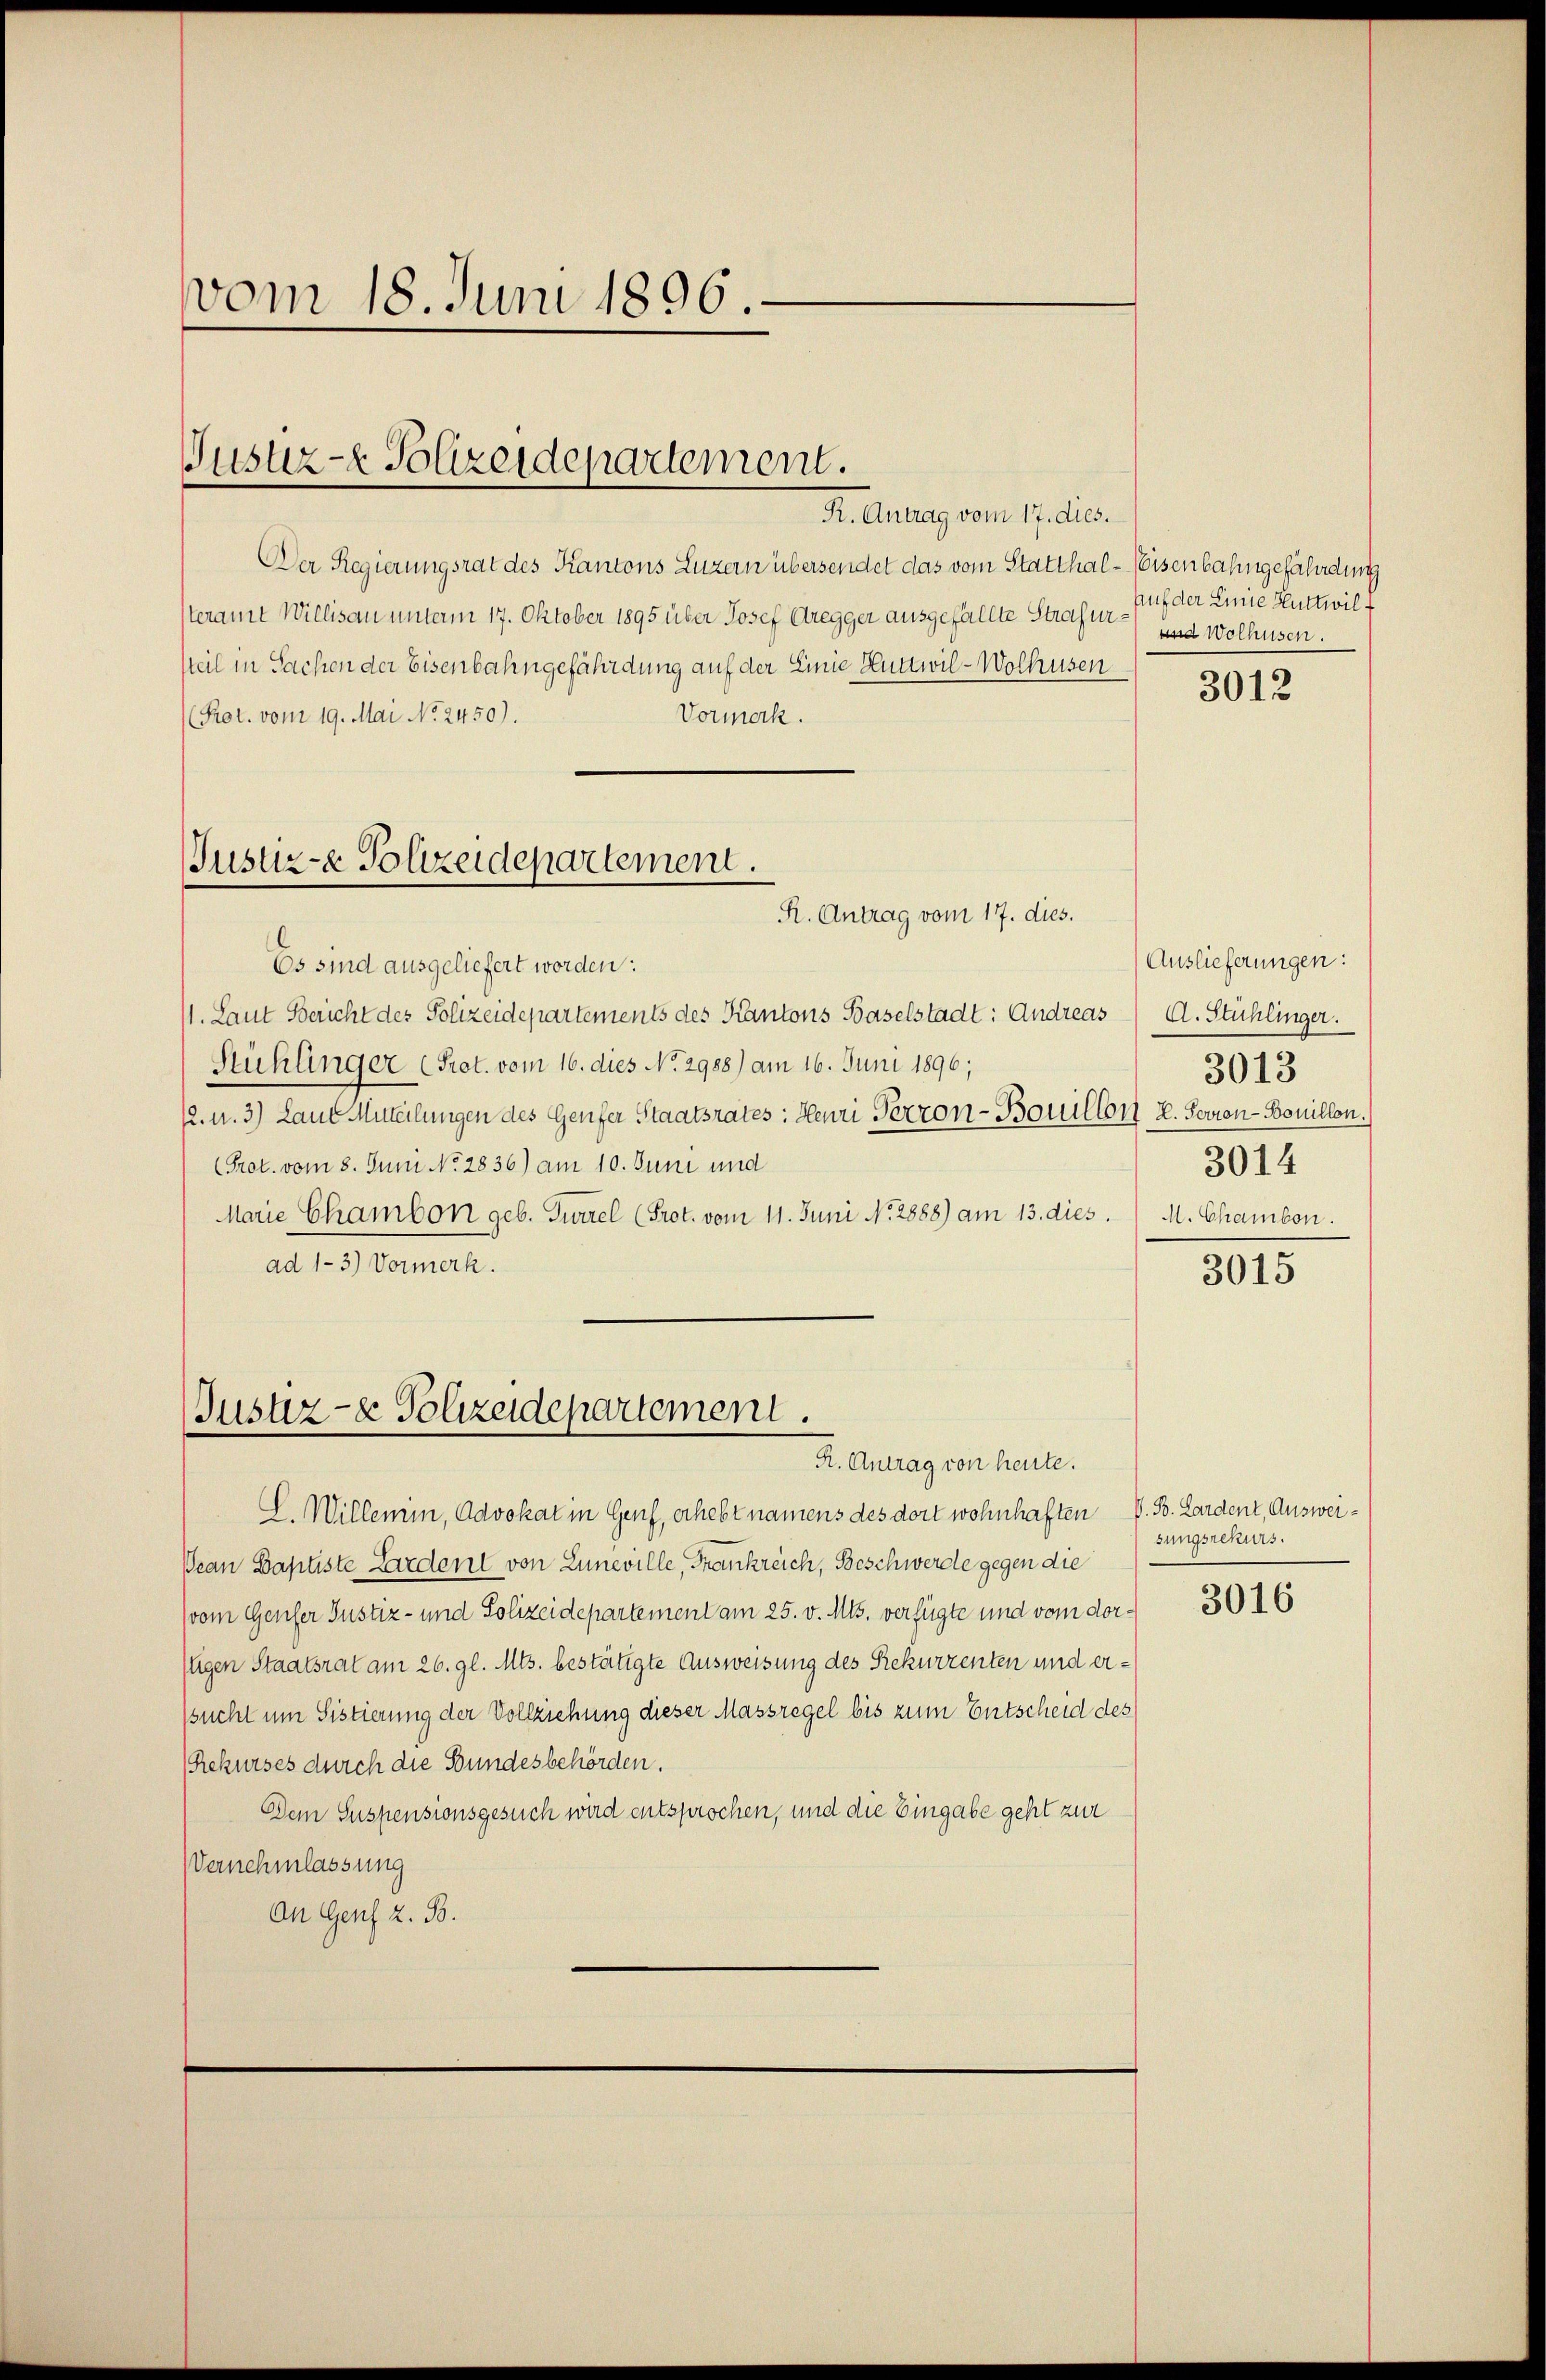
vom 18. Juni 1896.

Justiz- & Polizeidepartement.
R. Antrag vom 17. dies.

Der Regierungsrat des Kantons Luzern übersendet das vom Statthal-Eisenbahngefährdung
steramt Willisau unterm 17. Oktober 1895 über Josef Bregger ausgefällte Strafursteil in Sachen der Eisenbahngefährdung auf der Linie Huttwil-Wolhusen
Prot. vom 19. Mai No 2450).
Vormerk.
Es sind ausgeliefert worden:
11. Laut Bericht des Polizeidepartements des Kantons Baselstadt: Andreas A. Stühlinger.
Stühlinger (Prot. vom 16. dies No 2988) am 16. Juni 1896;
12. u. 3) Laut Mitteilungen des Genfer Staatsrates: Henri Perron-Bouillon 2. Sovion-Bouillon.
(Prot. vom 8. Juni No 2836) am 10. Juni und
Marie Chambon geb. Turzel (Prot. vom 11. Juni No 2888) am 13. dies. / M. Chambon.
ad 1-3.) Vormerk.

Justiz- & Polizeidepartement.
R. Antrag vom 17. dies.

Justiz- & Polizeidepartement.
R. Antrag von heute.

L. Willemin, Advokat in Genf, erhebt namens des dort wohnhaften
Pean Baptiste Lardent von Luneville, Frankreich, Beschwerde gegen die
vom Genfer Justiz- und Polizeidepartement am 25. v. Mts. verfügte und vom dorstigen Staatsrat am 26. gl. Mts. bestätigte Ausweisung des Rekurrenten und erssucht um Sistierung der Vollziehung dieser Massregel bis zum Entscheid des
Rekurses durch die Bundesbehörden.
Dem Suspensionsgesuch wird entsprochen, und die Eingabe geht zur
Vernehmlassung
An Genf z. B.

Auf der Linie Huttwil
und Wolhusen.

3012

Auslieferungen:
3013
3014

3015

V. B. Lardent, Ausweisungsrekurs.

3016